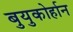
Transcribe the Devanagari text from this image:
बुयुकोर्हान